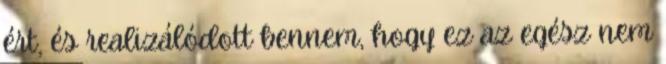
ért, és realizálódott bennem, hogy ez az egész nem